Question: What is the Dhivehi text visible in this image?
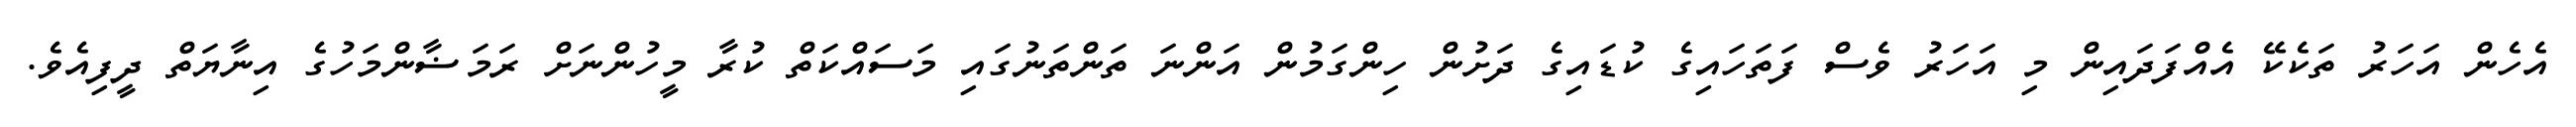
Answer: އެހެން އަހަރު ތަކެކޭ އެއްފަދައިން މި އަހަރު ވެސް ފަތަހައިގެ ކުޑައިގެ ދަށުން ހިންގަމުން އަންނަ ތަންތަނުގައި މަސައްކަތް ކުރާ މީހުންނަށް ރަމަޟާންމަހުގެ އިނާޔަތް ދީފިއެވެ.